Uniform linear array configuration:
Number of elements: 48
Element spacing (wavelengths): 0.5
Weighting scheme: uniform
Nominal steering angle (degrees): -30
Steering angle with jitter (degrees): -30.54
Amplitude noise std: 0.05
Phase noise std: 0.05

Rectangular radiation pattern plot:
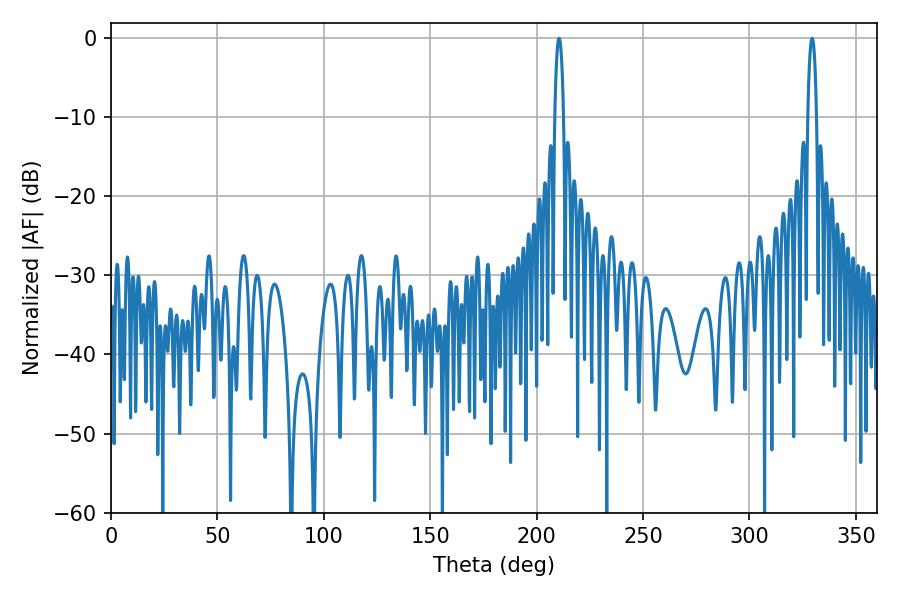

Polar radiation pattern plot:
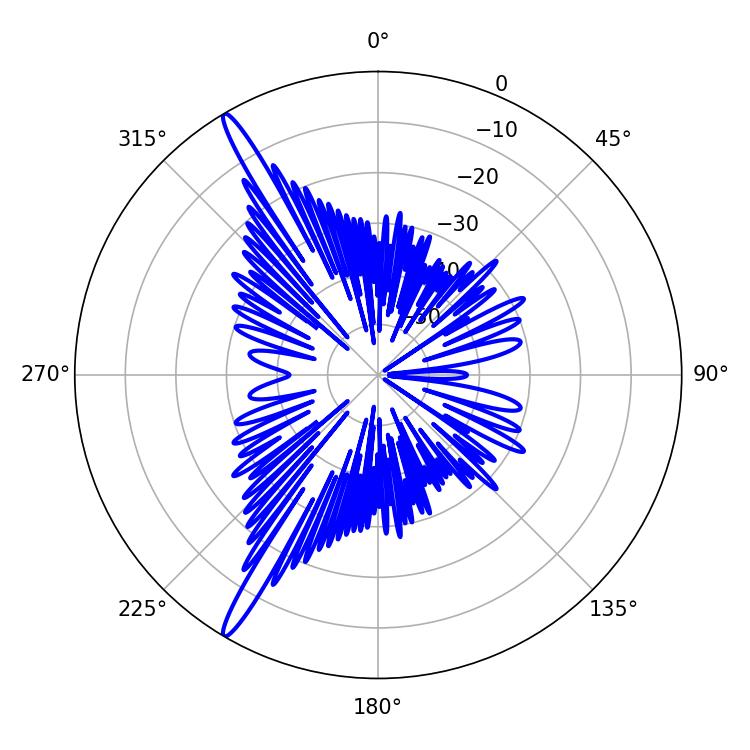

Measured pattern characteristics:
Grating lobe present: FALSE
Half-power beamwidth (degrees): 2.34
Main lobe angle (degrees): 210.6